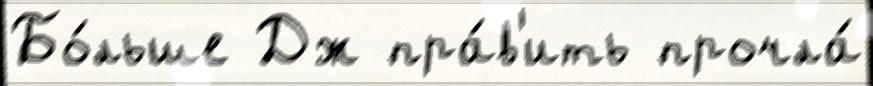
Бо́льше Дж пра́в'ить прочла́